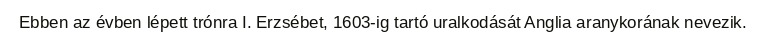
Ebben az évben lépett trónra I. Erzsébet, 1603-ig tartó uralkodását Anglia aranykorának nevezik.